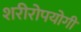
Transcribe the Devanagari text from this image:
शरीरोपयोगी